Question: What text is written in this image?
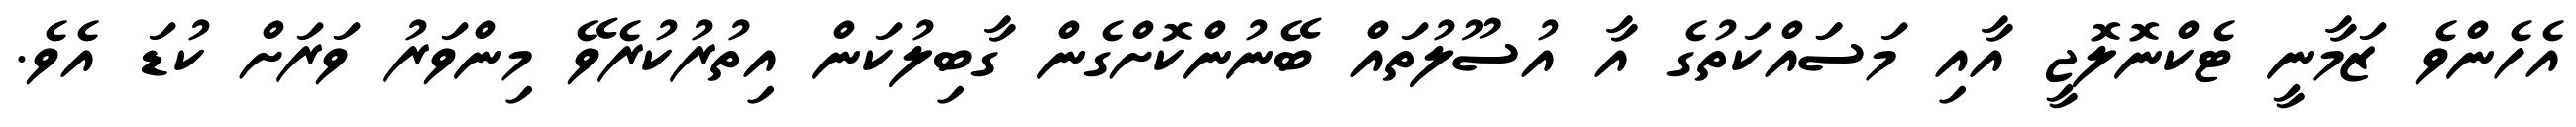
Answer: އެހެންވެ ޒަމާނީ ޓެކްނޮލޮޖީ އާއި މަސަައްކަތުގެ އާ އުސޫލުތައް ބޭނުންކޮށްގެން ގާބިލުކަން އިތުރުކުރެވޭ މިންވަރު ވަރަށް ކުޑަ އެވެ.